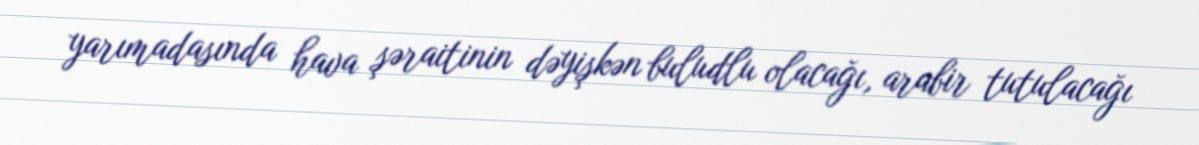
yarımadasında hava şəraitinin dəyişkən buludlu olacağı, arabir tutulacağı